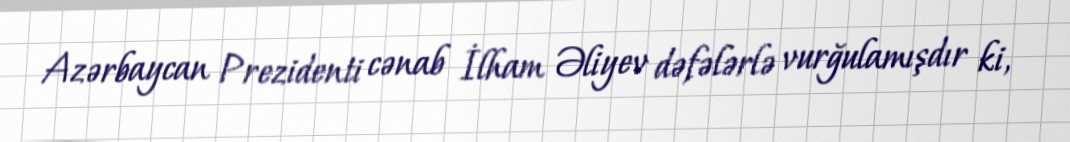
Azərbaycan Prezidenti cənab İlham Əliyev dəfələrlə vurğulamışdır ki,